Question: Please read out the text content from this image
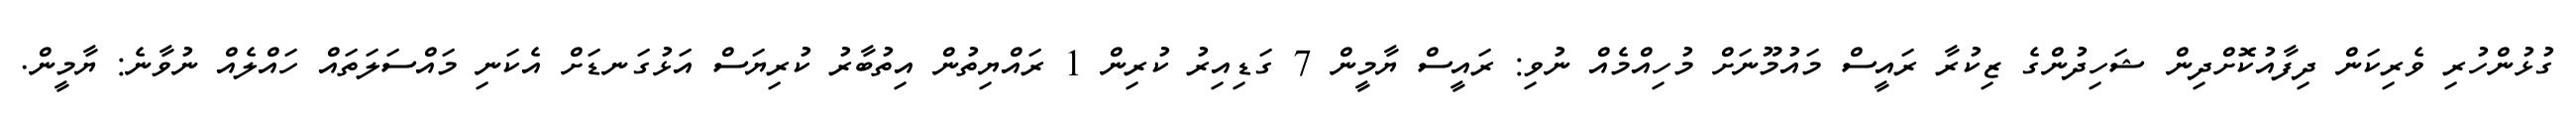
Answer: ގުޅުންހުރި ވެރިކަން ދިފާއުކޮށްދިން ޝަހިދުންގެ ޒިކުރާ ރައީސް މައުމޫނަށް މުހިއްމެއް ނުވި: ރައީސް ޔާމީން 7 ގަޑިއިރު ކުރިން 1 ރައްޔިތުން އިތުބާރު ކުރިޔަސް އަޅުގަނޑަށް އެކަނި މައްސަލަތައް ހައްލެއް ނުވާނެ: ޔާމީން.